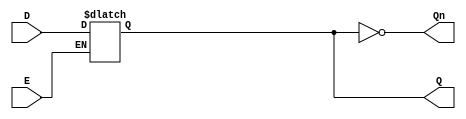
module GatedDLatch (
    input wire D,      // Data input
    input wire E,      // Enable input
    output reg Q,      // Output
    output wire Qn     // Complement of Q
);

// Complement of Q
assign Qn = ~Q;

// Always block to implement the latch behavior
always @ (D or E) begin
    if (E) begin
        Q <= D;      // Capture D when E is high
    end
    // If E is low, Q retains its last value (latching behavior)
end

endmodule